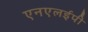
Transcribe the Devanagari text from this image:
एनएलईपी